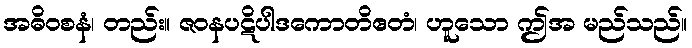
အဓိဝစနံ၊ တည်း။ ဇဝနပဋိပါဒကောတိဧတံ၊ ဟူသော ဤအ မည်သည်။